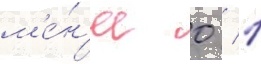
м'е́н'ее 0 / 1